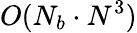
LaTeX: O(N_{b}\cdot N^{3})